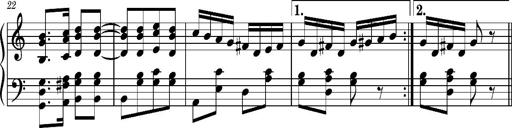
Title: Ungarischer Romanzero
Composer: Franz Liszt